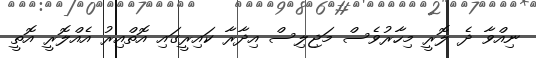
ނިއްވާ ދެ ލޮރީ މިހާރުވެސް މަޖިލިސް އިދާރާ ކައިރީގައި އޮތްއިރު އެއްލޮރީ އޮތީ